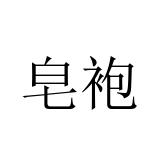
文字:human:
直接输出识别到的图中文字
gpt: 皂袍